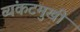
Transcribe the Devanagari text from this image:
व्यंकटमुखी